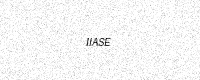
Text: IIASE